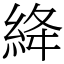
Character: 絳